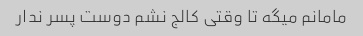
مامانم میگه تا وقتی کالج نشم دوست پسر ندار